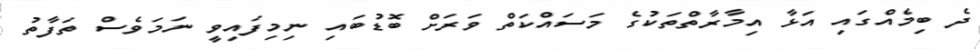
ދެ ބިމެއްގައި އަޅާ އިމާރާތްތަކުގެ މަސައްކަތް ވަރަށް ބޮޑުބައި ނިމިފައިވީ ނަމަވެސް ތަފާތު